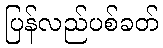
ပြန်လည်ပစ်ခတ်